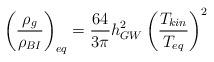
LaTeX: \begin{align*}\left({\rho_g \over \rho_{BI}} \right)_{eq}={64 \over {3 \pi}} h_{GW}^2 \left({T_{kin} \over T_{eq}} \right)^2\end{align*}